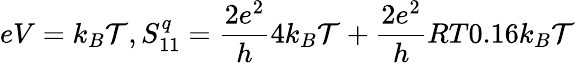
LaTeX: eV=k_{B}\mathcal{T},S_{11}^{q}=\frac{2e^{2}}{h}4k_{B}\mathcal{T}+\frac{2e^{2}}{h}RT0.16k_{B}\mathcal{T}